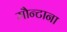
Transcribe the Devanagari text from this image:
मौन्टाना